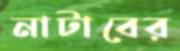
নাটাবের